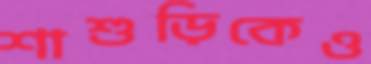
শাশুড়িকেও